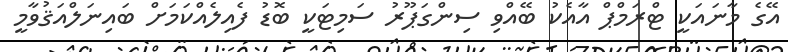
އޭގެ މާނައަކީ ޓްރަމްޕް އާއެކު ބޭއްވި ސިންގަޕޫރު ސަމިޓަކީ ބޮޑު ފެއިލެއްކަމަށް ބައިނަލްއަޤުވާމީ